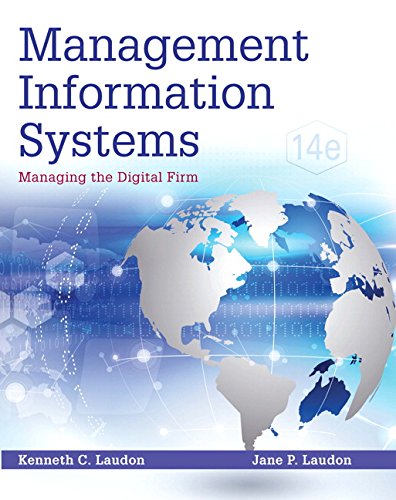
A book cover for Management Information Systems: Managing the Digital Firm (14th Edition); Kenneth C. Laudon; Business & Money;